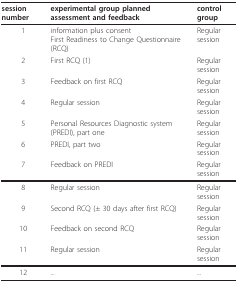
<table><thead><tr><td><b>session number</b></td><td><b>experimental group planned assessment and feedback</b></td><td><b>control group</b></td></tr></thead><tbody><tr><td>1</td><td>information plus consentFirst Readiness to Change Questionnaire (RCQ)</td><td>Regular session</td></tr><tr><td>2</td><td>First RCQ (1)</td><td>Regular session</td></tr><tr><td>3</td><td>Feedback on first RCQ</td><td>Regular session</td></tr><tr><td>4</td><td>Regular session</td><td>Regular session</td></tr><tr><td>5</td><td>Personal Resources Diagnostic system (PREDI), part one</td><td>Regular session</td></tr><tr><td>6</td><td>PREDI, part two</td><td>Regular session</td></tr><tr><td>7</td><td>Feedback on PREDI</td><td>Regular session</td></tr><tr><td>8</td><td>Regular session</td><td>Regular session</td></tr><tr><td>9</td><td>Second RCQ (± 30 days after first RCQ)</td><td>Regular session</td></tr><tr><td>10</td><td>Feedback on second RCQ</td><td>Regular session</td></tr><tr><td>11</td><td>Regular session</td><td>Regular session</td></tr><tr><td>12</td><td>...</td><td>...</td></tr></tbody></table>